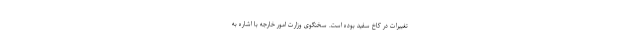
تغییرات در کاخ سفید بوده است. سخنگوی وزارت امور خارجه با اشاره به